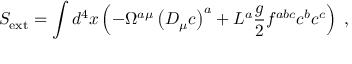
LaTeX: S _ { \mathrm { e x t } } = \int d ^ { 4 } x \left( - \Omega ^ { a \mu } \left( D _ { \mu } c \right) ^ { a } + L ^ { a } \frac { g } { 2 } f ^ { a b c } c ^ { b } c ^ { c } \right) \; ,